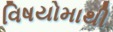
વિષયોમાથી